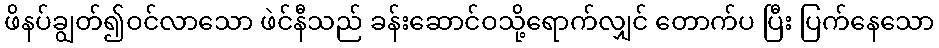
ဖိနပ်ချွတ်၍ဝင်လာသော ဖဲင်နီသည် ခန်းဆောင်ဝသို့ရောက်လျှင် တောက်ပ ပြီး ပြက်နေသော